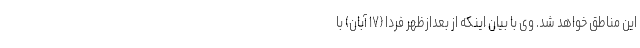
این مناطق خواهد شد. وی با بیان اینکه از بعدازظهر فردا (۱۷ آبان) با